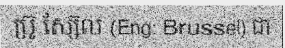
ប្រ៊ូ ស្ស៊ែល (Eng: Brussel) ជា